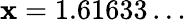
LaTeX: \mathbf{x}=1.61633\dots